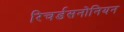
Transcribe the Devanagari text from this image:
रिचर्डसनोनियन